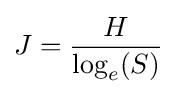
J={\frac {H}{\log _{e}(S)}}